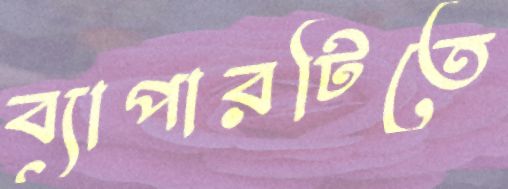
ব্যাপারটিতে